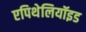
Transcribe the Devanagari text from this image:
एपिथेलियॉइड